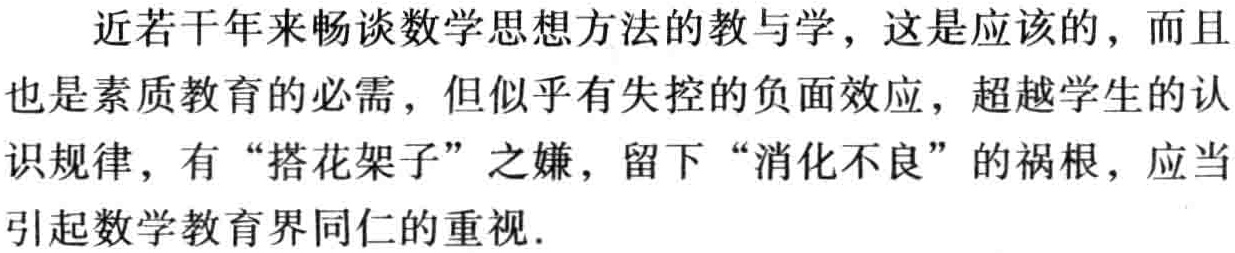
近若干年来畅谈数学思想方法的教与学，这是应该的，而且也是素质教育的必需，但似乎有失控的负面效应，超越学生的认识规律，有“搭花架子”之嫌，留下“消化不良”的祸根，应当引起数学教育界同仁的重视.